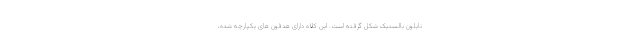
نایلون بالستیک شکل گرفته است. این کلاه دارای هدفون های یکپارچه شده،